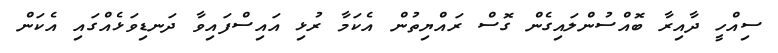
ސިއްހީ ދާއިރާ ބޮއްސުންލައިގެން ގޮސް ރައްޔިތުން އެކަމާ ރުޅި އައިސްފައިވާ ދަނޑިވަޅެއްގައި އެކަން